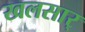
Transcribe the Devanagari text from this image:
खलसार्